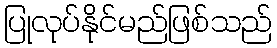
ပြုလုပ်နိုင်မည်ဖြစ်သည်